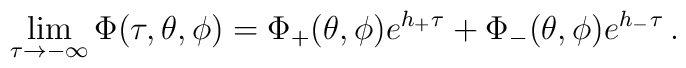
\lim_{\tau \to -\infty}\Phi(\tau,\theta,\phi) = \Phi_+(\theta,\phi)e^{h_+\tau} + \Phi_-(\theta,\phi)e^{h_-\tau}\,.